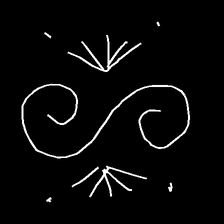
Glyph: aeroform